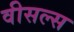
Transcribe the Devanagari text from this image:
वीसल्स